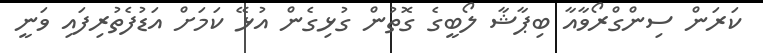
ކަރަން ސިންގްރޯވާއާ ބިޕާޝާ ލޯބީގެ ގޮތުން ގުޅިގެން އުޅޭ ކަމަށް އަޑުފެތުރިފައި ވަނީ